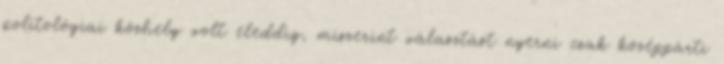
politológiai közhely volt eleddig, miszerint választást nyerni csak középpárti